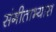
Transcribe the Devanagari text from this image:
संगीताभ्यास